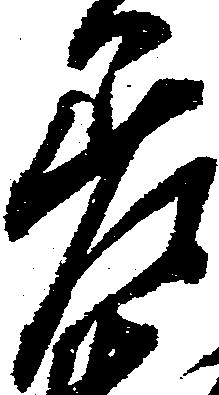
差